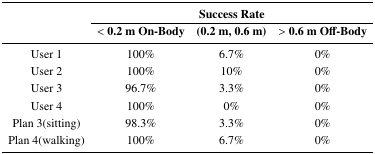
<table><thead><tr><td rowspan="3"></td><td colspan="3"><b>Success Rate</b></td></tr><tr><td><b>&lt; 0.2 m On-Body</b></td><td><b>(0.2 m, 0.6 m)</b></td><td><b>&gt;0.6m Off-Body</b></td></tr></thead><tbody><tr><td>User 1</td><td>100%</td><td>6.7%</td><td>0%</td></tr><tr><td>User 2</td><td>100%</td><td>10%</td><td>0%</td></tr><tr><td>User 3</td><td>96.7%</td><td>3.3%</td><td>0%</td></tr><tr><td>User 4</td><td>100%</td><td>0%</td><td>0%</td></tr><tr><td>Plan 3(sitting)</td><td>98.3%</td><td>3.3%</td><td>0%</td></tr><tr><td>Plan 4(walking)</td><td>100%</td><td>6.7%</td><td>0%</td></tr></tbody></table>